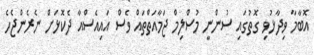
އޮބާމާ ވިދާޅުވި ގޮތުގައި ސުންނީ މުސްލިމް ޖަމާއަތްތައް ވެސް އައިއެސްއާ ދެކޮޅަށް ނެރެންޖެހެ